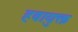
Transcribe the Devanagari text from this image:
हवायुक्त